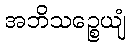
အဘိသဉ္စေယျံ